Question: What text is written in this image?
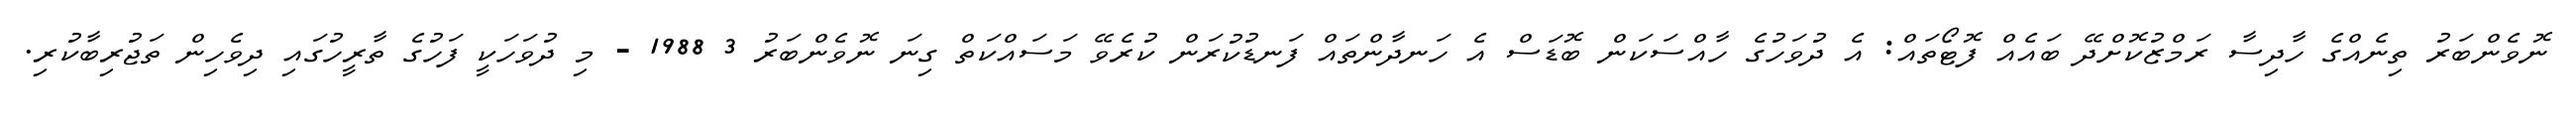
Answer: ނޮވެންބަރު ތިނެއްގެ ހާދިސާ ރަމްޒުކޮށްދޭ ބައެއް ފޮޓޯތައް: އެ ދުވަހުގެ ހާއްސަކަން ބޮޑަސް އެ ހަނދާންތައް ފަނޑުކުރަން ކުރެވޭ މަސައްކަތް ގިނަ ނޮވެންބަރު 3 1988 - މި ދުވަހަކީ ފަހުގެ ތާރީހުގައި ދިވެހިން ތަޖުރިބާކުރި.